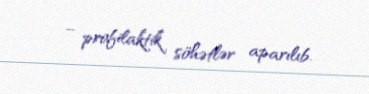
– profilaktik söhətlər aparılıb.